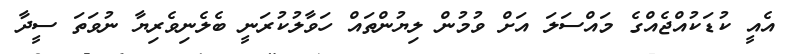
އެއީ ކުޑަކުއްޖެއްގެ މައްސަލަ އަށް ވުމުން ލިޔުންތައް ހަވާލުކުރަނީ ބެލެނިވެރިޔާ ނުވަތަ ސީދާ